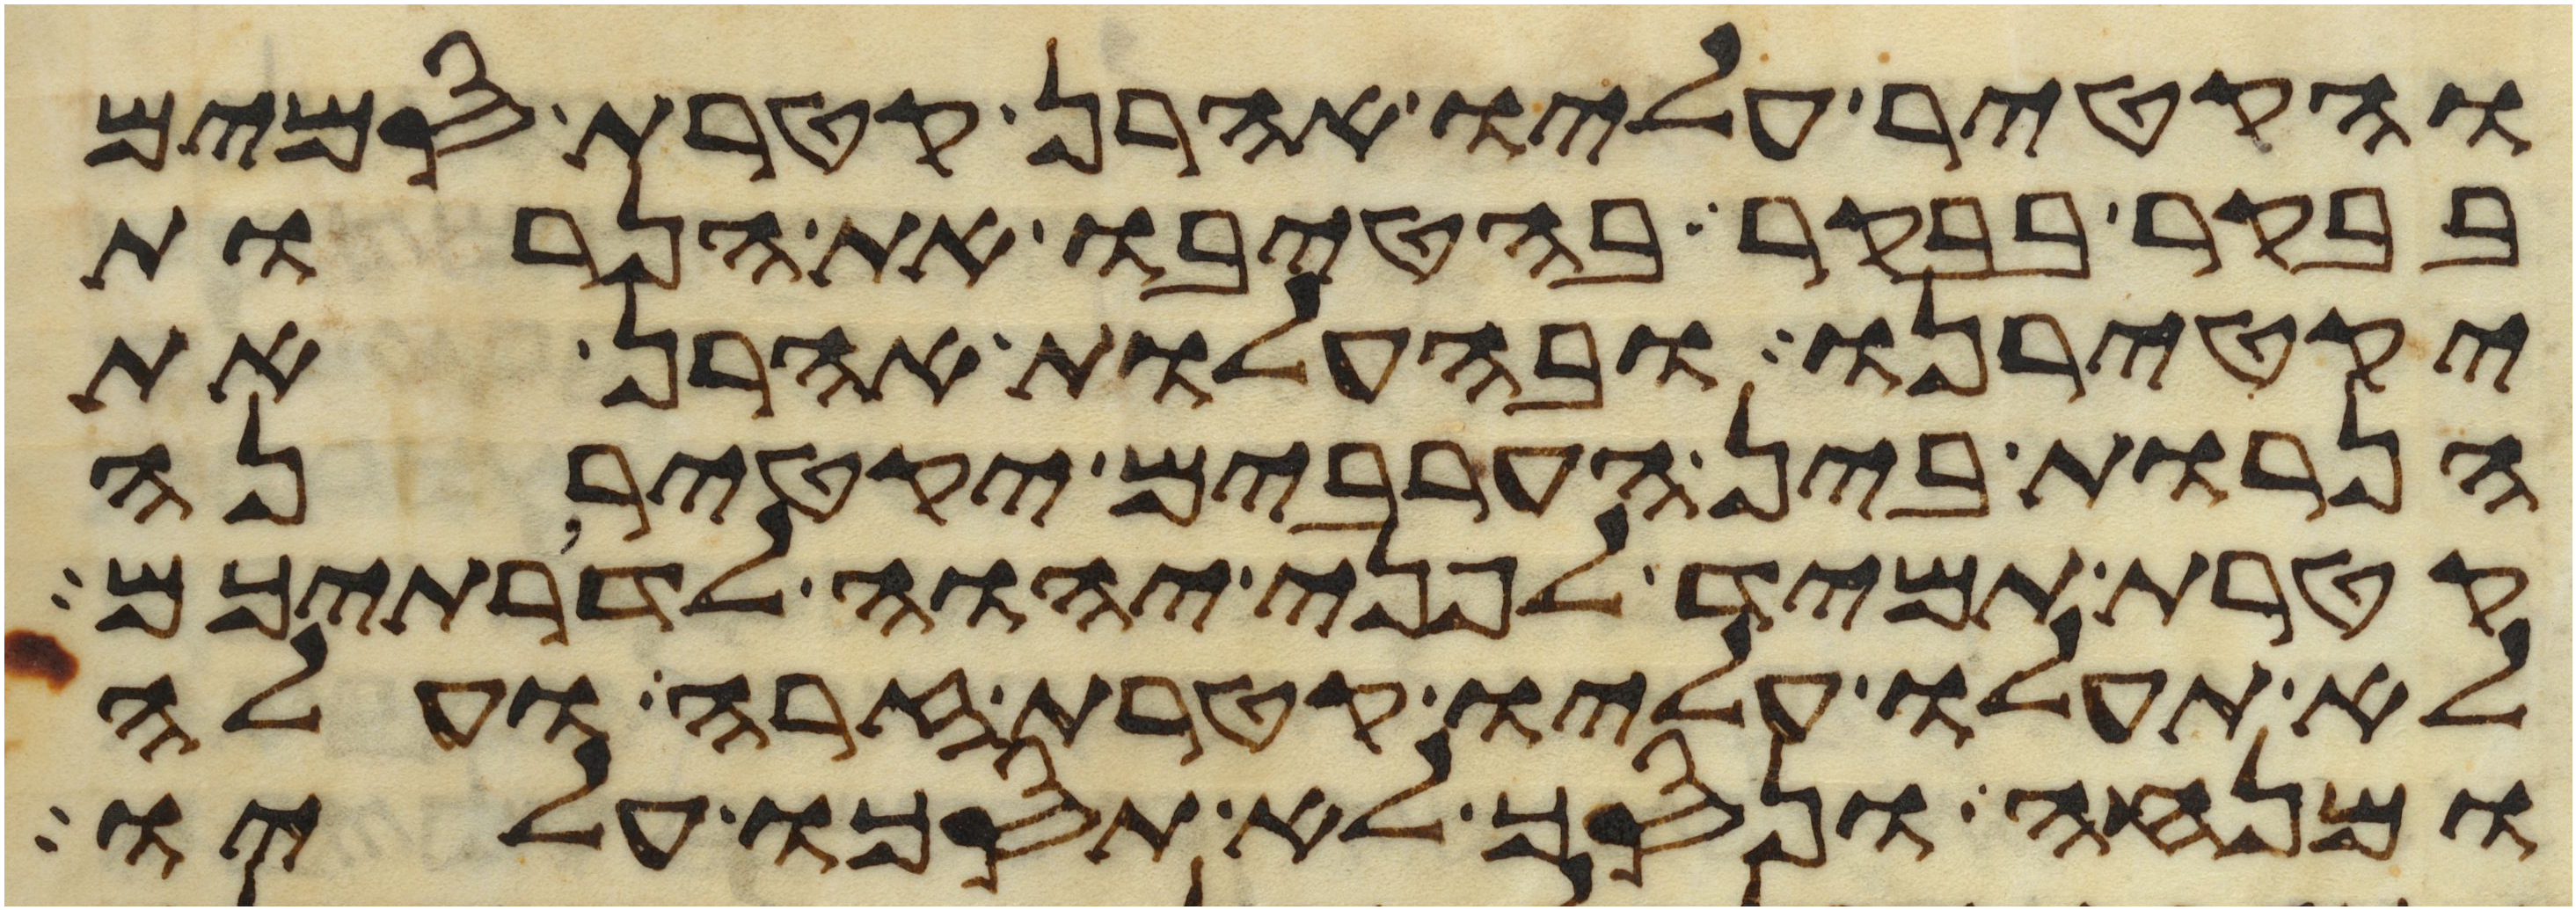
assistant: והקטיר עליו אהרן קטרת סמים
בבקר בבקר בהטיבו את הנרות
יקטירנו ובהעלות אהרן את
הנרות בין הערבים יקטירנה
קטרת תמיד לפני יהוה לדרתיכם
לא תעלו עליו קטרת זרה ועלה
ומנחה ונסך לא תסכו עליו